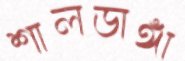
শালডাঙ্গা